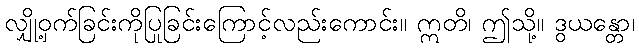
လျှို့ဝှက်ခြင်းကိုပြုခြင်းကြောင့်လည်းကောင်း။ ဣတိ၊ ဤသို့။ ဒွယန္တော၊